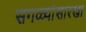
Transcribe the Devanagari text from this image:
सगळ्यांसारखा